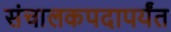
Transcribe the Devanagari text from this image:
संचालकपदापर्यंत